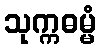
သုက္ကဓမ္မံ